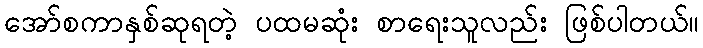
အော်စကာနှစ်ဆုရတဲ့ ပထမဆုံး စာရေးသူလည်း ဖြစ်ပါတယ်။